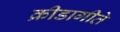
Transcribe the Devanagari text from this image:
क्रीडागीते